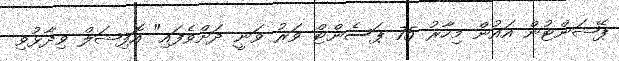
ޕޭޝަންޓުން އައުން މިހާރު 75 ޕަސެންޓް ވަރު ވަނީ ދަށްވެފައި" އޮފިޝަލް ވިދާޅުވި